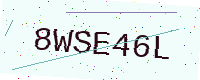
Text: 8WSE46L